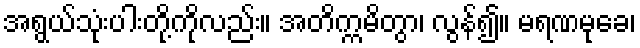
အရွယ်သုံးပါးတို့ကိုလည်း။ အတိက္ကမိတွာ၊ လွန်၍။ မရဏမုခေ၊